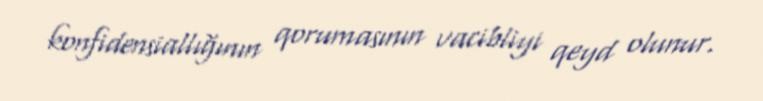
konfidensiallığının qorumasının vacibliyi qeyd olunur.